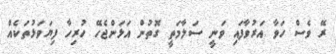
ރޭ ވެސް ހަވާ އަރުވާފައި ވަނީ ސަލާމަތީ ގޮތުން އަޅަންޖެހޭ ހުރިހާ ފިޔަވަޅުތަކެއް